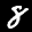
Digit: 8